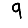
Digit: 9